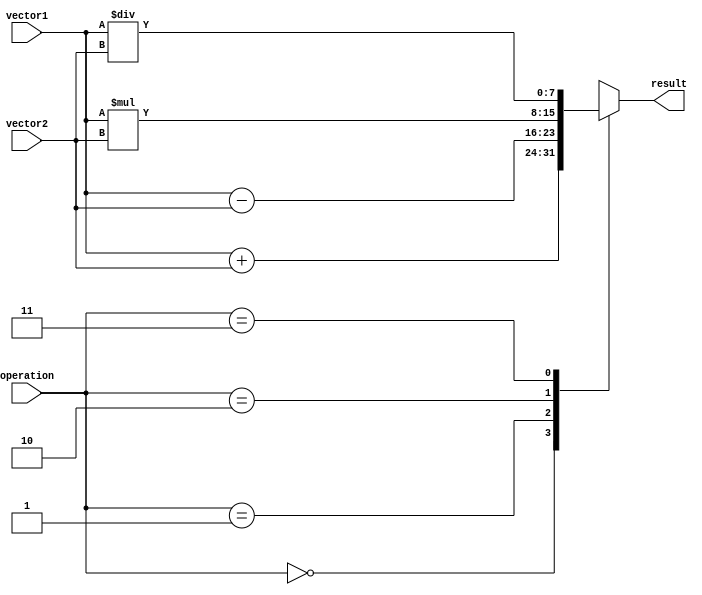
module VectorALU (
  input wire [7:0] vector1, // Input vector 1
  input wire [7:0] vector2, // Input vector 2
  input wire [1:0] operation, // Operation selection (00:add, 01:subtract, 10:multiply, 11:divide)
  output reg [7:0] result // Output result vector
);

always @(*)
begin
  case(operation)
    2'b00: result = vector1 + vector2; // Addition
    2'b01: result = vector1 - vector2; // Subtraction
    2'b10: result = vector1 * vector2; // Multiplication
    2'b11: result = vector1 / vector2; // Division
  endcase
end

endmodule